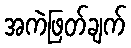
အကဲဖြတ်ချက်